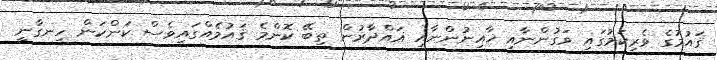
ޤައުމުގެ ވެރިކަމުގައި ވަގުންނާއި ޚާއިނުންނާއި ޣައްދާރުން ތިބޭ ކޮންމެ ޤައުމެއްގައިވެސް ކަންކަން ހިނގާނީ